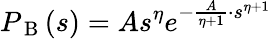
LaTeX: P_{\mathrm{~B~}}(s)=As^{\eta}e^{-\frac{A}{\eta+1}\cdot s^{\eta+1}}